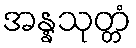
အန္နသုတ္တံ